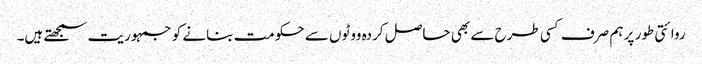
روائتی طور پر ہم صرف کسی طرح سے بھی حاصل کردہ ووٹوں سے حکومت بنانے کو جمہوریت سمجھتے ہیں۔